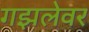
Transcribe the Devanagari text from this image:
गझलेवर